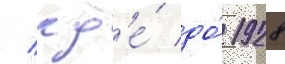
/ гд'е́ до́ 1928